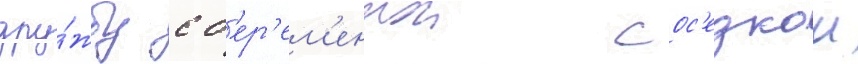
дру́жбу с б'ер'ем'еннои сос'едкои